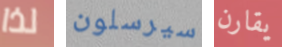
لذا سيرسلون يقارن